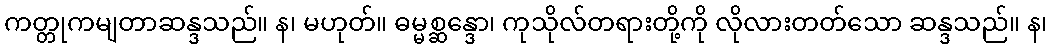
ကတ္တုကမျတာဆန္ဒသည်။ န၊ မဟုတ်။ ဓမ္မစ္ဆန္ဒော၊ ကုသိုလ်တရားတို့ကို လိုလားတတ်သော ဆန္ဒသည်။ န၊